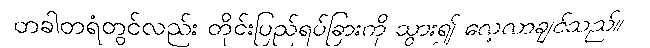
တခါတရံတွင်လည်း တိုင်းပြည်ရပ်ခြားကို သွား၍ လေ့လာချင်သည်။